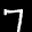
Label: 7